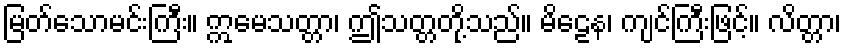
မြတ်သောမင်းကြီး။ ဣမေသတ္တာ၊ ဤသတ္တတို့သည်။ မိဠေန၊ ကျင်ကြီးဖြင့်။ လိတ္တာ၊